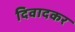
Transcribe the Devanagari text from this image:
दिवादकर